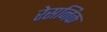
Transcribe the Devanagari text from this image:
रेसनिक